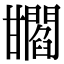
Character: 𤯐